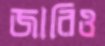
জারিও